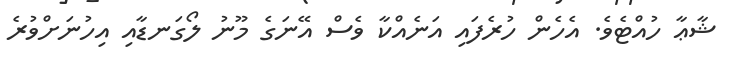
ޝާޢާ ހުއްޓެވެ. އެހެން ހުރެފައި އަނެއްކާ ވެސް އޭނަގެ މޫނު ލޯގަނޑާއި އިހުނަށްވުރެ